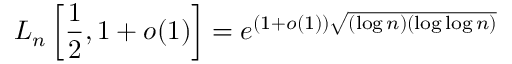
L _ { n } \left[ { \frac { 1 } { 2 } } , 1 + o ( 1 ) \right] = e ^ { ( 1 + o ( 1 ) ) { \sqrt { ( \log n ) ( \log \log n ) } } }